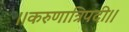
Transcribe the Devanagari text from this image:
।।करुणात्रिपदी।।